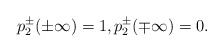
\begin{align*}p_2^\pm(\pm\infty)=1,p_2^\pm(\mp\infty)=0.\end{align*}